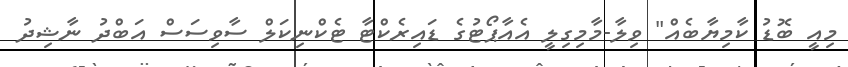
މިއީ ބޮޑު ކާމިޔާބެއް" ވިލާ-މާމިގިލީ އެއާޕޯޓުގެ ޑައިރެކްޓާ ޓެކްނިކަލް ސާވިސަސް އަބްދު ނާޝިދު